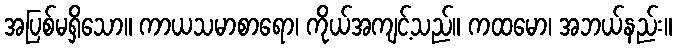
အပြစ်မရှိသော။ ကာယသမာစာရော၊ ကိုယ်အကျင့်သည်။ ကထမော၊ အဘယ်နည်း။